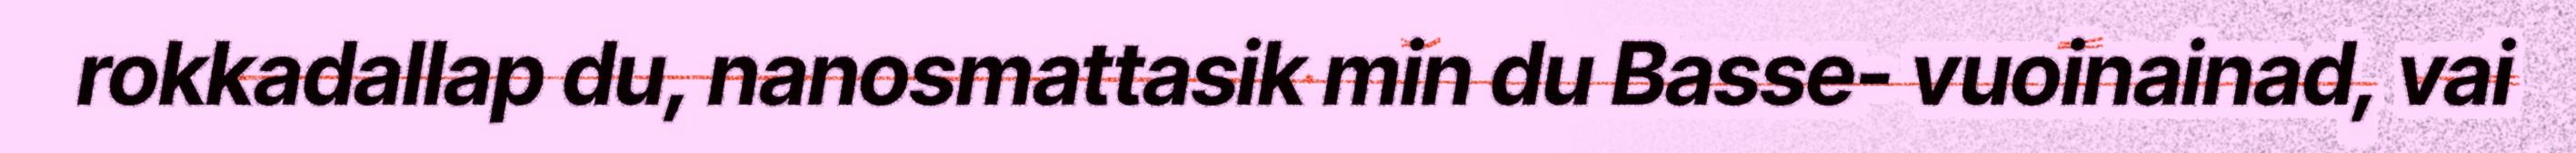
rokkadallap du, nanosmattasik min du Basse- vuoinainad, vai